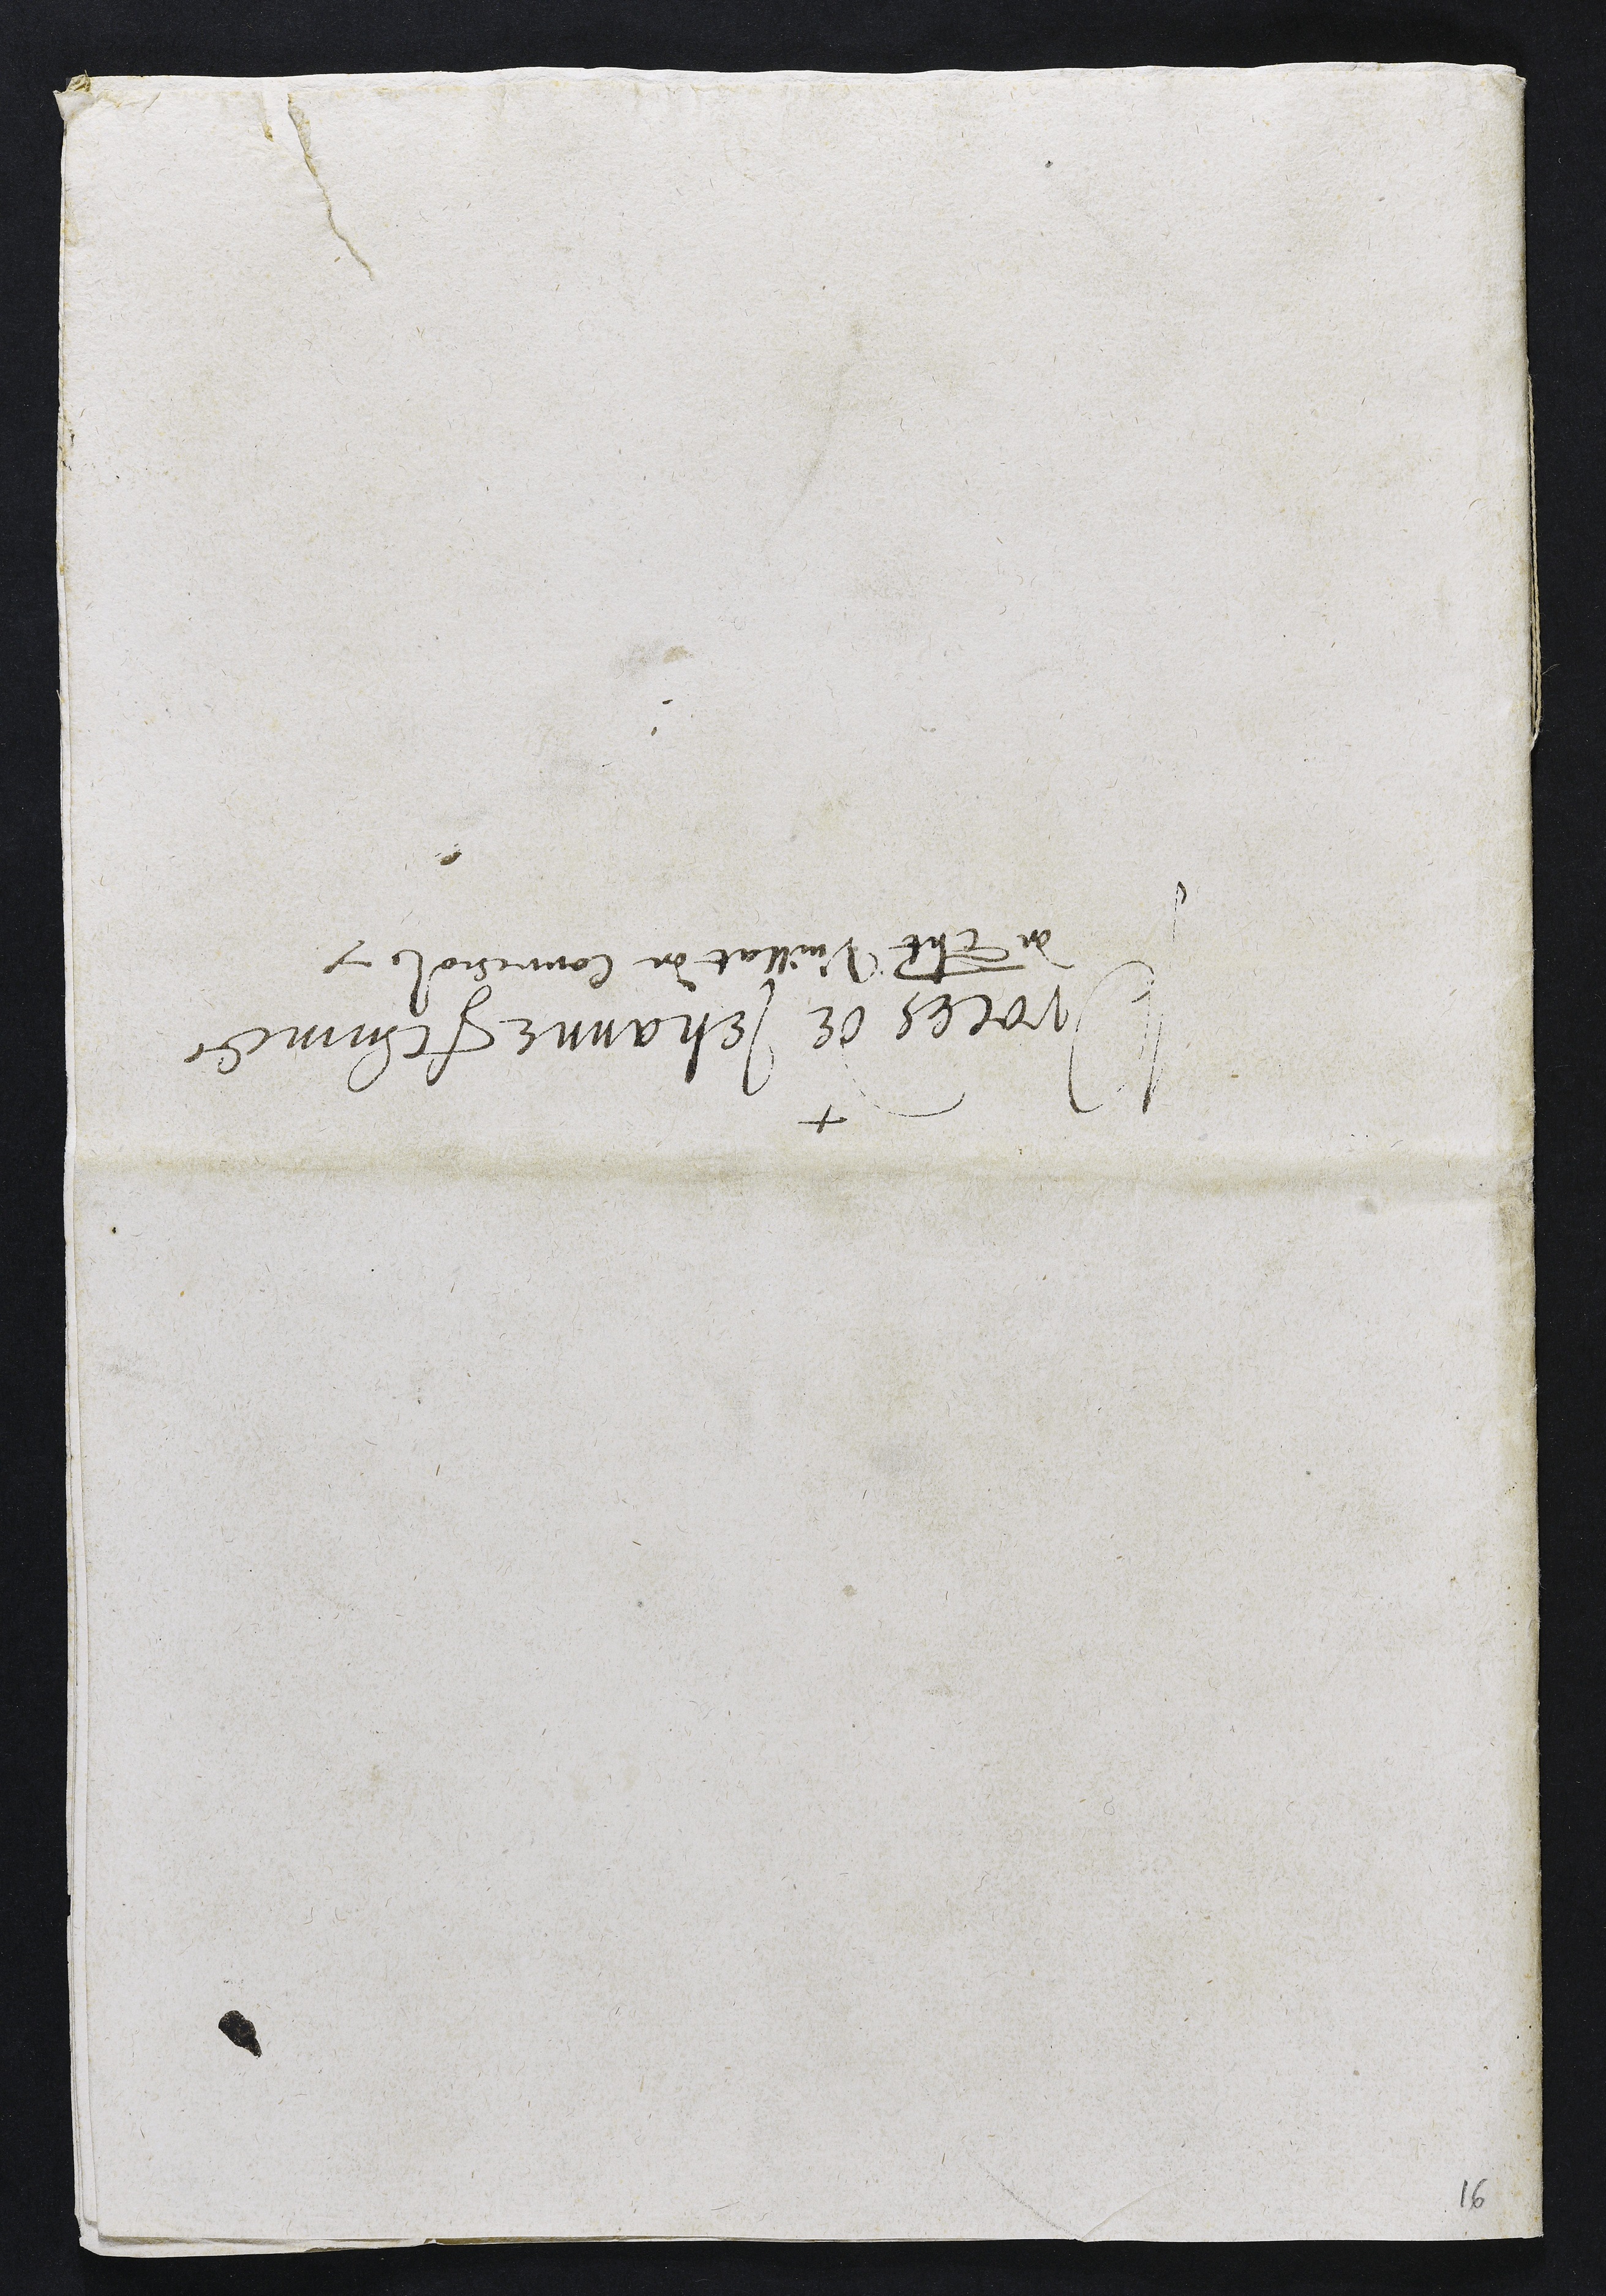
Proces de Jehanne femme
de Tht Vuillat de Correnol

16